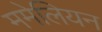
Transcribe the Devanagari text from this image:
ममेलियन